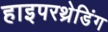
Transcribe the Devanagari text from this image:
हाइपरथ्रेडिंग